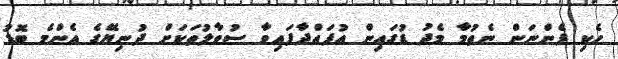
ހެކި ފެންނަން ނެތުމާ މެދު ޑުގައިން އުފައްދާފައިވާ ސުވާލުތަކަށް ދުނިޔޭގެ އެންމެ ބޮޑު